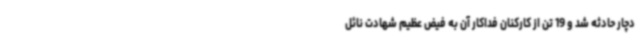
دچار حادثه شد و 19 تن از کارکنان فداکار آن به فیض عظیم شهادت نائل